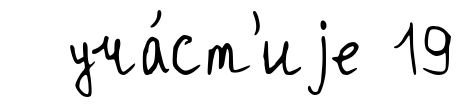
уча́ст'иjе 19